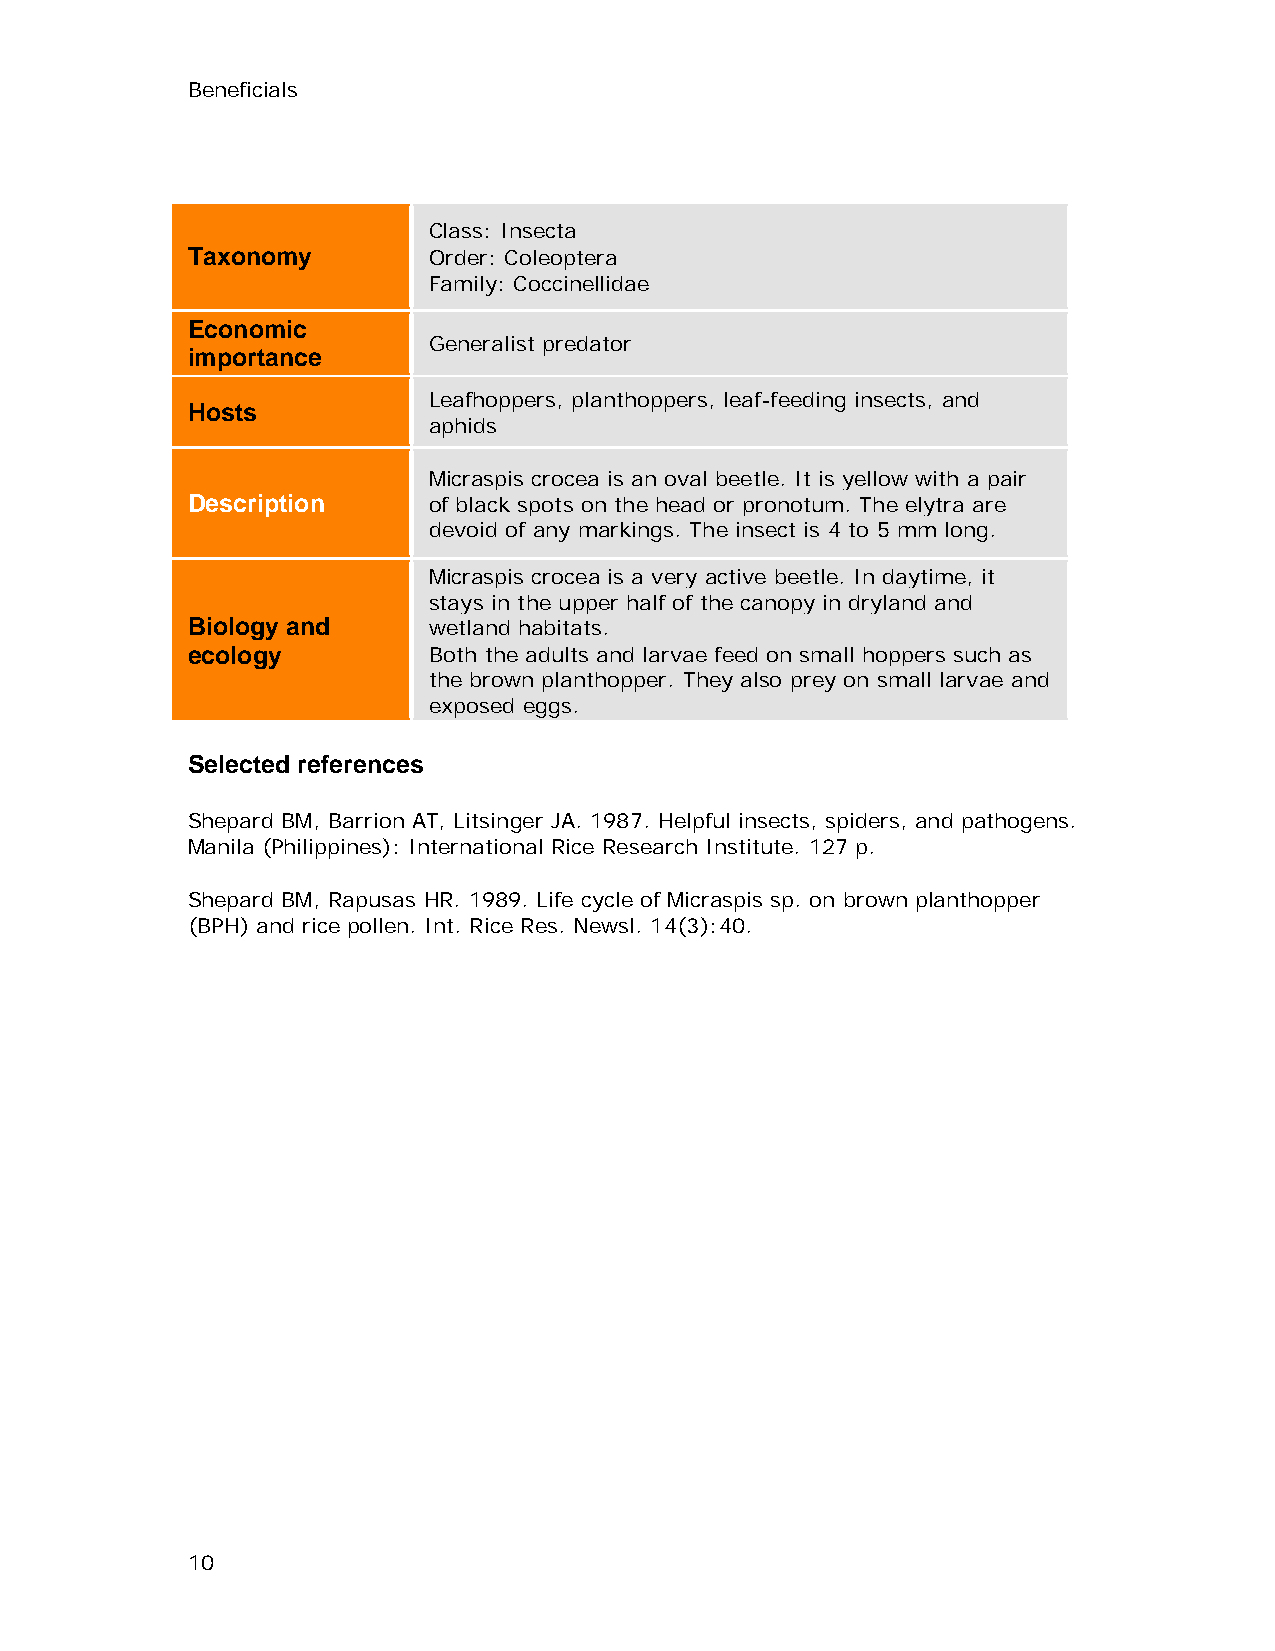
Beneficials
 Class: Insecta
 Taxonomy        Order: Coleoptera
 Family: Coccinellidae
 Economic
 Generalist predator
 importance
 Leafhoppers, planthoppers, leaf-feeding insects, and
 Hosts
 aphids
 Micraspis crocea is an oval beetle. It is yellow with a pair
 Description     of black spots on the head or pronotum. The elytra are
 devoid of any markings. The insect is 4 to 5 mm long.
 Micraspis crocea is a very active beetle. In daytime, it
 stays in the upper half of the canopy in dryland and
 Biology and     wetland habitats.
 ecology         Both the adults and larvae feed on small hoppers such as
 the brown planthopper. They also prey on small larvae and
 exposed eggs.
 Selected references
 Shepard BM, Barrion AT, Litsinger JA. 1987. Helpful insects, spiders, and pathogens.
 Manila (Philippines): International Rice Research Institute. 127 p.
 Shepard BM, Rapusas HR. 1989. Life cycle of Micraspis sp. on brown planthopper
 (BPH) and rice pollen. Int. Rice Res. Newsl. 14(3):40.
 10